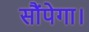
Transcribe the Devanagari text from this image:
सौंपेगा।